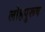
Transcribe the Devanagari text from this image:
लोहपुरूष